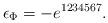
LaTeX: \begin{gather*}\epsilon_{\Phi} = -e^{1234567}.\end{gather*}